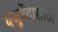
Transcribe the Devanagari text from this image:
यजुर्वेदासाठी